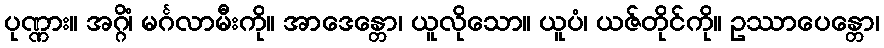
ပုဏ္ဏား။ အဂ္ဂိံ၊ မင်္ဂလာမီးကို။ အာဒေန္တော၊ ယူလိုသော။ ယူပံ၊ ယဇ်တိုင်ကို။ ဥဿာပေန္တော၊